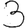
Digit: 3